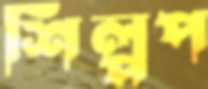
শিল্পপ